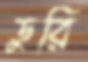
ডুরি